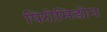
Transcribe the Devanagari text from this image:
पिरोमिडोन